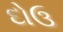
દોઉ